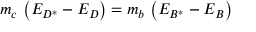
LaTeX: m _ { c } \, \left( E _ { D ^ { * } } - E _ { D } \right) = m _ { b } \, \left( E _ { B ^ { * } } - E _ { B } \right)